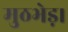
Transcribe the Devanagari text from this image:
मुठभेड़।